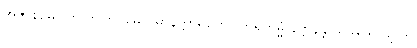
အဇာနမေဝါတိ တတြဋ္ဌမေဝ မာနတ္တာရဟော ဘူရိကမ္မံ နိဗ္ဗာနန္တိ သုခသေယျာယ